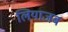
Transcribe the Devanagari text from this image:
लियाजब